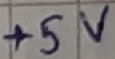
Text: +5V